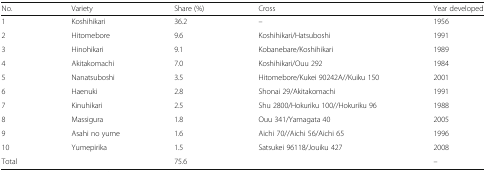
<table><thead><tr><td><b>No.</b></td><td><b>Variety</b></td><td><b>Share (%)</b></td><td><b>Cross</b></td><td><b>Year developed</b></td></tr></thead><tbody><tr><td>1</td><td>Koshihikari</td><td>36.2</td><td>–</td><td>1956</td></tr><tr><td>2</td><td>Hitomebore</td><td>9.6</td><td>Koshihikari/Hatsuboshi</td><td>1991</td></tr><tr><td>3</td><td>Hinohikari</td><td>9.1</td><td>Kobanebare/Koshihikari</td><td>1989</td></tr><tr><td>4</td><td>Akitakomachi</td><td>7.0</td><td>Koshihikari/Ouu 292</td><td>1984</td></tr><tr><td>5</td><td>Nanatsuboshi</td><td>3.5</td><td>Hitomebore/Kukei 90242A//Kuiku 150</td><td>2001</td></tr><tr><td>6</td><td>Haenuki</td><td>2.8</td><td>Shonai 29/Akitakomachi</td><td>1991</td></tr><tr><td>7</td><td>Kinuhikari</td><td>2.5</td><td>Shu 2800/Hokuriku 100//Hokuriku 96</td><td>1988</td></tr><tr><td>8</td><td>Massigura</td><td>1.8</td><td>Ouu 341/Yamagata 40</td><td>2005</td></tr><tr><td>9</td><td>Asahi no yume</td><td>1.6</td><td>Aichi 70//Aichi 56/Aichi 65</td><td>1996</td></tr><tr><td>10</td><td>Yumepirika</td><td>1.5</td><td>Satsukei 96118/Jouiku 427</td><td>2008</td></tr><tr><td>Total</td><td></td><td>75.6</td><td></td><td>–</td></tr></tbody></table>